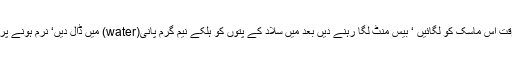
رات کو سوتے وقت اس ماسک کو لگائیں ‘ بیس منٹ لگا رہنے دیں بعد میں سلاد کے پتوں کو ہلکے نیم گرم پانی(water) میں ڈال دیں‘ نرم ہونے پر منہ پر رکھ لیں۔